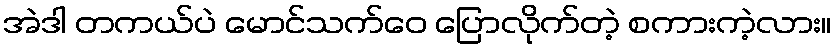
အဲဒါ တကယ်ပဲ မောင်သက်ဝေ ပြောလိုက်တဲ့ စကားကဲ့လား။